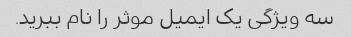
سه ویژگی یک ایمیل موثر را نام ببرید.